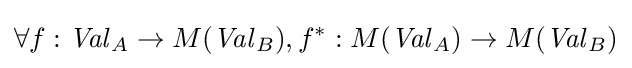
\forall f:{\mathit {Val}}_{A}\to M({\mathit {Val}}_{B}),f^{*}:M({\mathit {Val}}_{A})\to M({\mathit {Val}}_{B})